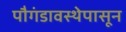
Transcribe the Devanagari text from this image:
पौगंडावस्थेपासून